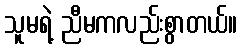
သူမရဲ့ ညီမကလည်းစွာတယ်။